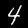
Digit: 4